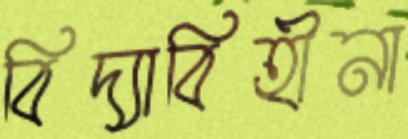
বিদ্যাবিহীনা